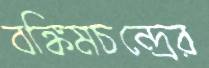
বঙ্কিমচন্দ্রের